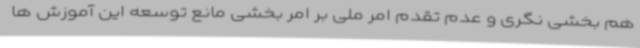
هم بخشی نگری و عدم تقدم امر ملی بر امر بخشی مانع توسعه این آموزش ها